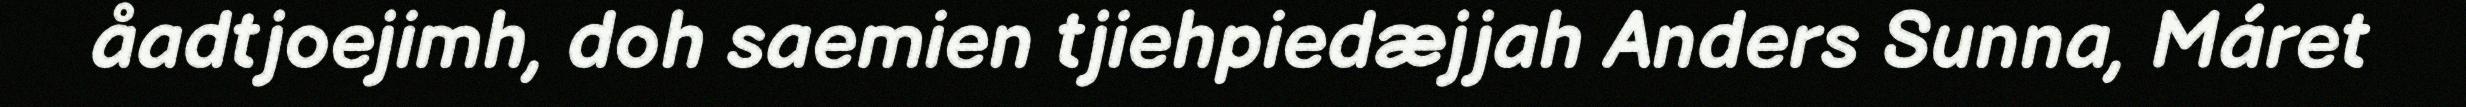
åadtjoejimh, doh saemien tjiehpiedæjjah Anders Sunna, Máret